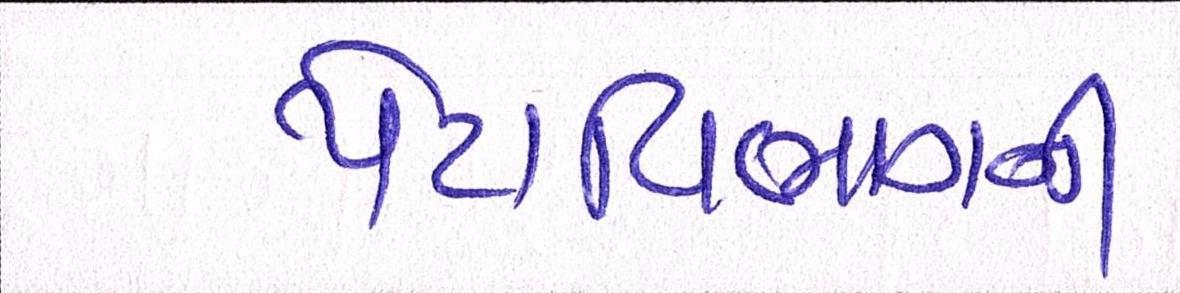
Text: પેટાવિભાગની